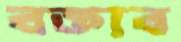
বক্ত্যব